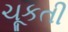
ચૂકતી